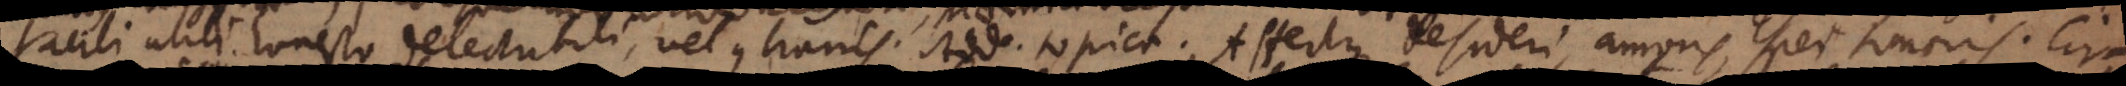
facili, utili, honesto, delectabili, vel contrariis. Adde topica. Affectus desideri, amoris, spei, honoris. Cir